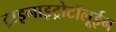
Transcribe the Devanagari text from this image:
ट्राइनाइट्रोटॉलूईन